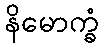
နိမောက္ခံ